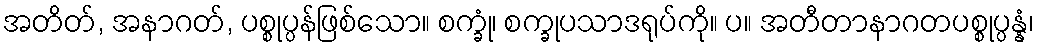
အတိတ်, အနာဂတ်, ပစ္စုပ္ပန်ဖြစ်သော။ စက္ခုံ၊ စက္ခုပသာဒရုပ်ကို။ ပ။ အတီတာနာဂတပစ္စုပ္ပန္နံ၊